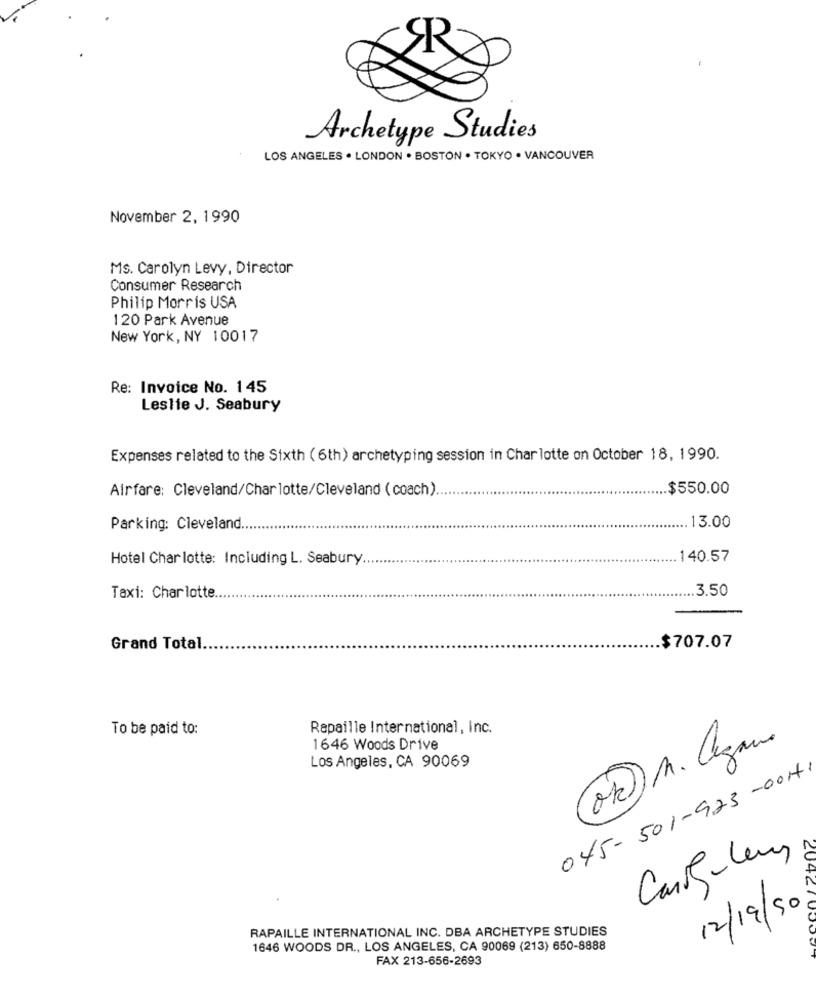
Archetype Studies
LOS ANGELES . LONDON . BOSTON . TOKYO . VANCOUVER
November 2, 1990
Ms. Carolyn Levy, Director
Consumer Research
Philip Morris USA
120 Park Avenue
New York, NY 10017
Re: Invoice No. 145
Leslie J. Seabury
Expenses related to the Sixth (6th) archetyping session in Charlotte on October 18, 1990.
Airfare: Cleveland/Charlotte/Cleveland (coach).
.. $550.00
.13.00
Parking: Cleveland.
Hotel Charlotte: Including L. Seabury
.........
140.57
.. 3.50
Taxi: Charlotte
Grand Total.
$707.07
To be paid to:
Rapaille International, Inc.
1646 Woods Drive
Los Angeles, CA 90069
045-501-923 -00H1
Canit-Lens
+2
12/19/90
RAPAILLE INTERNATIONAL INC. DBA ARCHETYPE STUDIES
1646 WOODS DR ., LOS ANGELES, CA 90069 (213) 650-8888
FAX 213-656-2693